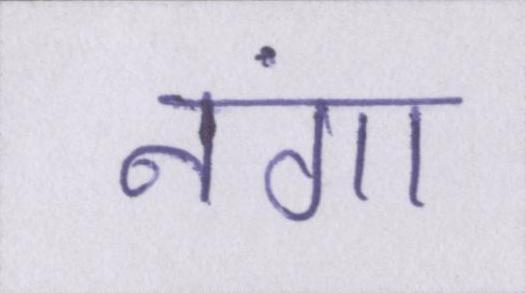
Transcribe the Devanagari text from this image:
नंगा